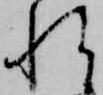
れ